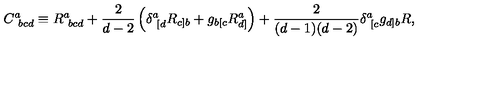
C _ { \ b c d } ^ { a } \equiv R _ { \ b c d } ^ { a } + { \frac { 2 } { d - 2 } } \left( \delta _ { \ [ d } ^ { a } R _ { c ] b } + g _ { b [ c } R _ { d ] } ^ { a } \right) + { \frac { 2 } { ( d - 1 ) ( d - 2 ) } } \delta _ { \ [ c } ^ { a } g _ { d ] b } R ,